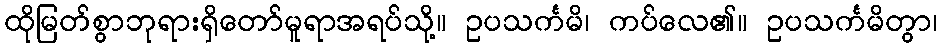
ထိုမြတ်စွာဘုရားရှိတော်မူရာအရပ်သို့။ ဥပသင်္ကမိ၊ ကပ်လေ၏။ ဥပသင်္ကမိတွာ၊